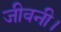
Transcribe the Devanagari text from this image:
जीवनी।